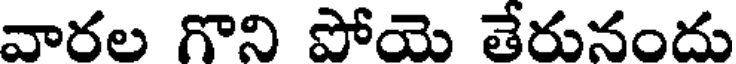
వారల గొని పోయె తేరునందు